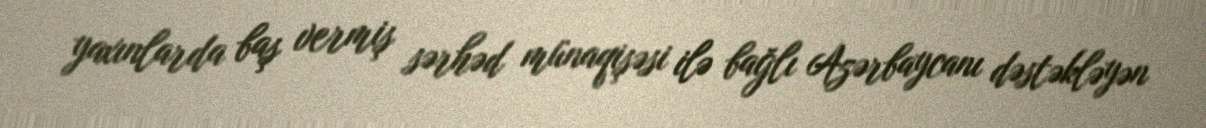
yaxınlarda baş vermiş sərhəd münaqişəsi ilə bağlı Azərbaycanı dəstəkləyən